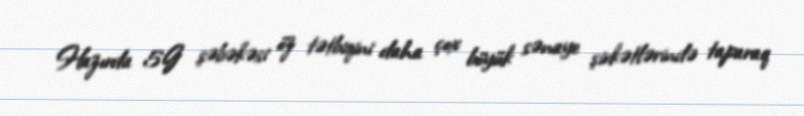
Hazırda 5G şəbəkəsi öz tətbiqini daha çox böyük sənaye şirkətlərində taparaq